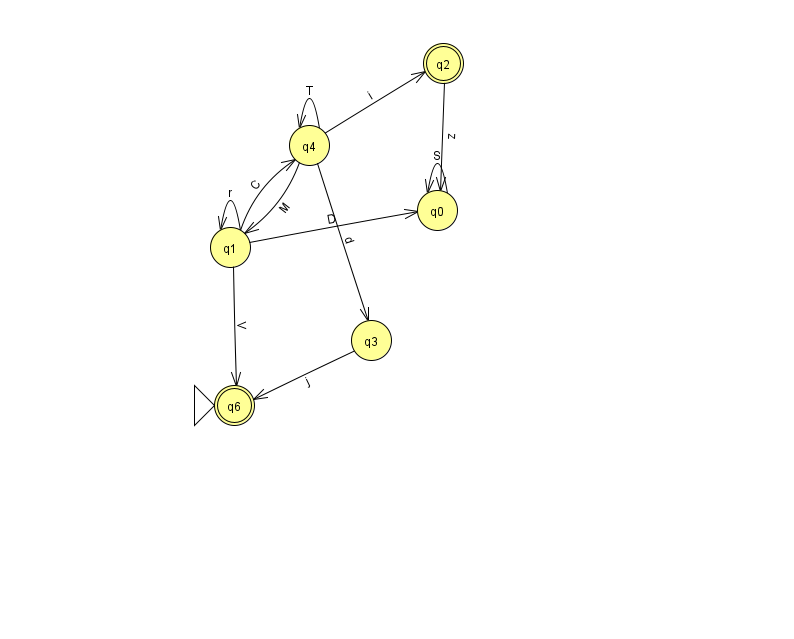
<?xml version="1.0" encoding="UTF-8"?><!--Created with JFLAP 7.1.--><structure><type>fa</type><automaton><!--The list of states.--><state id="0" name="q0"><x>437.0</x><y>197.0</y></state><state id="1" name="q1"><x>230.0</x><y>234.0</y></state><state id="2" name="q2"><x>443.0</x><y>50.0</y><final/></state><state id="3" name="q3"><x>371.0</x><y>327.0</y></state><state id="4" name="q4"><x>309.0</x><y>132.0</y></state><state id="6" name="q6"><x>234.0</x><y>392.0</y><initial/><final/></state><!--The list of transitions.--><transition><from>4</from><to>2</to><read>i</read></transition><transition><from>1</from><to>1</to><read>r</read></transition><transition><from>3</from><to>6</to><read>j</read></transition><transition><from>0</from><to>0</to><read>S</read></transition><transition><from>1</from><to>4</to><read>C</read></transition><transition><from>4</from><to>4</to><read>T</read></transition><transition><from>4</from><to>3</to><read>d</read></transition><transition><from>2</from><to>0</to><read>z</read></transition><transition><from>1</from><to>6</to><read>V</read></transition><transition><from>1</from><to>0</to><read>D</read></transition><transition><from>4</from><to>1</to><read>M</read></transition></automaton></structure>